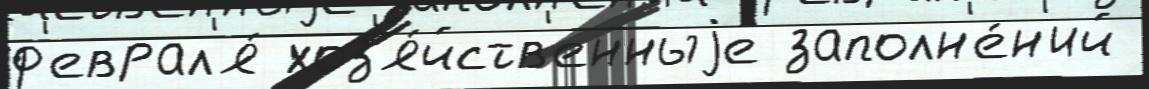
ф'еврал'я́ хоз'я́йств'енныjе заполн'е́н'ий